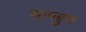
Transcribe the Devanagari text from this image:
सामबुक